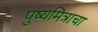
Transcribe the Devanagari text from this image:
पुष्यमित्राचा